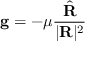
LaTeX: \mathbf { g } = - \mu { \frac { \hat { \mathbf { R } } } { | \mathbf { R } | ^ { 2 } } }